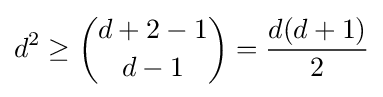
d^{2}\geq {d+2-1 \choose d-1}={\frac {d(d+1)}{2}}